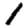
Digit: 1